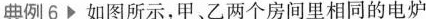
典例6 如图所示，甲、乙两个房间里相同的电炉